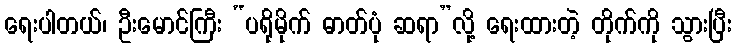
ရေးပါတယ်၊ ဦးမောင်ကြီး “ပရိုမိုက် ဓာတ်ပုံ ဆရာ”လို့ ရေးထားတဲ့ တိုက်ကို သွားပြီး